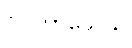
ဝူပကာသေသိ